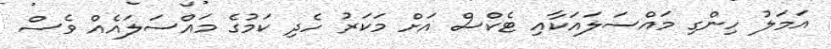
އަމަލު ހިންގި މައްސަލައަކާއި ޓެކްސް އަށް މަކަރު ހެދި ކަމުގެ މައްސަލައެއް ވެސް